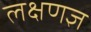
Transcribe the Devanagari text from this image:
लक्षणज्ञ